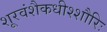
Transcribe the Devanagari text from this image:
शूरवंशैकधीश्शौरिः